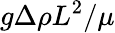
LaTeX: g\Delta\rho L^{2}/\mu